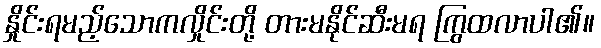
နှိုင်းရမည့်သောကလှိုင်းတို့ တားမနိုင်ဆီးမရ ကြွထလာပါ၏။